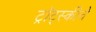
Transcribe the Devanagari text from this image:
ट्रॉट्स्कीचे